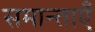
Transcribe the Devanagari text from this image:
समान्ताएँ